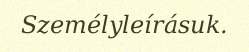
Személyleírásuk.